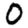
Digit: 0